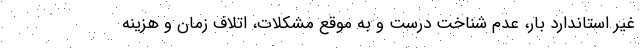
غیر استاندارد بار، عدم شناخت درست و به موقع مشکلات، اتلاف زمان و هزینه